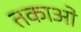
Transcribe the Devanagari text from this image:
तकाओ